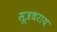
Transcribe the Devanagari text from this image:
सूत्रधराय